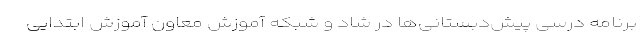
برنامه درسی پیش‌دبستانی‌ها در شاد و شبکه آموزش معاون آموزش ابتدایی